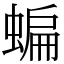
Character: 蝙